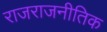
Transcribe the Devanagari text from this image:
राजराजनीतिक